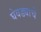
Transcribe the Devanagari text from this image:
घेवड्याचे